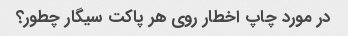
در مورد چاپ اخطار روی هر پاکت سیگار چطور؟